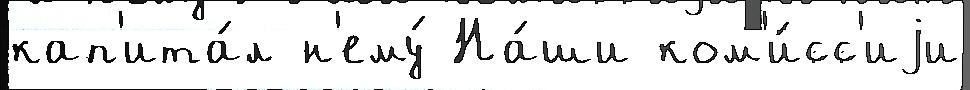
кап'ита́л н'ему́ На́ши ком'и́сс'иjи